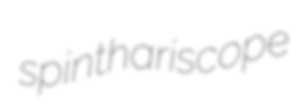
spinthariscope